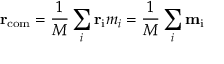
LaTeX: \mathbf { r } _ { \mathrm { c o m } } = { \frac { 1 } { M } } \sum _ { i } \mathbf { r } _ { \mathrm { i } } m _ { i } = { \frac { 1 } { M } } \sum _ { i } \mathbf { m } _ { \mathrm { i } }